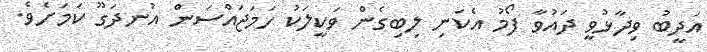
އަދީބު ވިދާޅުވީ ދައުވާ ފޯމު އެކަނި ލިބިގެން ވަކީލަކު ހަމަޖައްސަން އުނދަގޫ ކަމަށެވެ.